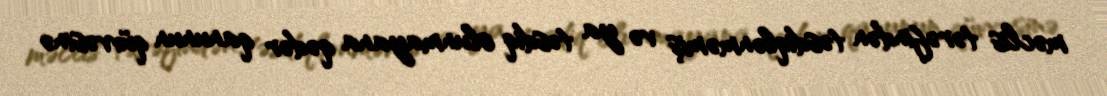
məclis tərəfindən təsdiqlənməmiş və ya təsdiq olunmayana qədər qanunun qüvvəsinə